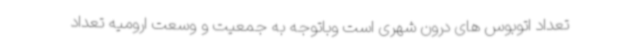
تعداد اتوبوس های درون شهری است وباتوجه به جمعیت و وسعت ارومیه تعداد